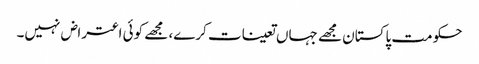
حکومت پاکستان مجھے جہاں تعینات کرے، مجھے کوئی اعتراض نہیں۔